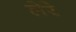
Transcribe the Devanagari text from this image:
लेरे